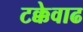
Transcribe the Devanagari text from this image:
टक्केवाढ